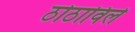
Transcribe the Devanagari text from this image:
ठोठाविले